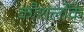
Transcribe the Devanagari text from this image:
कौशलोंके